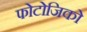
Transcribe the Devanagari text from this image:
फोटोजिको